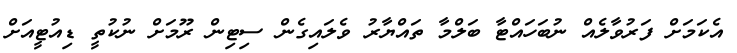
އެކަމަށް ފަރުވާލެއް ނުބަހައްޓާ ބަލްމާ ތައްޔާރު ވެލައިގެން ސިޓިން ރޫމަށް ނުކުތީ ޑިއުޓީއަށް